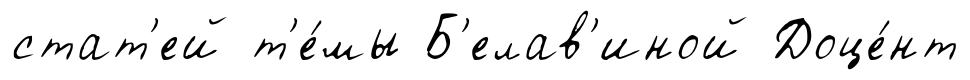
стат'ей т'е́мы Б'елав'иной Доце́нт